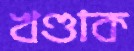
খণ্ডাক